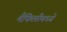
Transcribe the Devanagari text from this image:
मैफिलीमध्ये